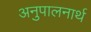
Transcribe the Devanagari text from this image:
अनुपालनार्थ